Plague in India, 1896, 1897 - Volume 2
Year: 1896
Disease focus: Plague
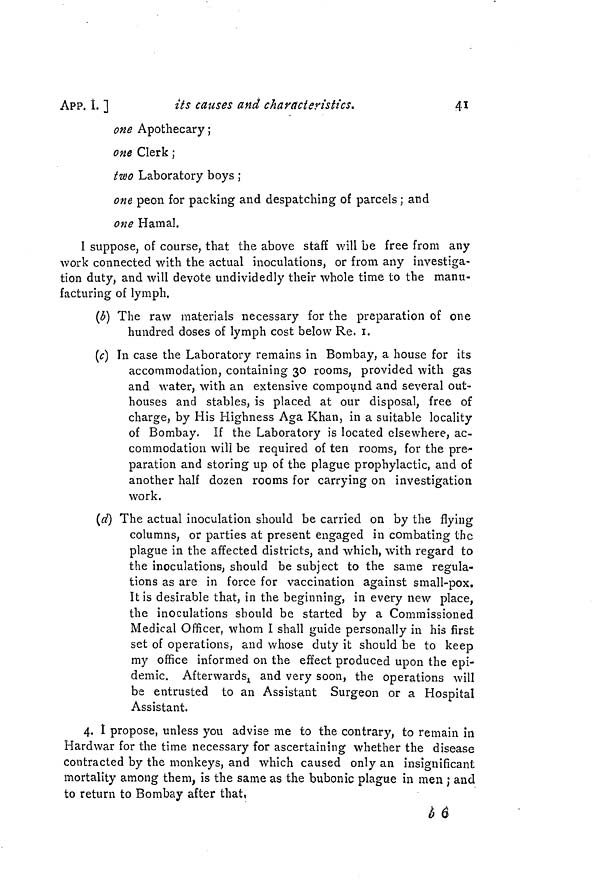
APP. 1 ]
its causes and characteristics.
41
one Apothecary ;
one Clerk ;
two Laboratory boys ;
one peon for packing and despatching of parcels ; and
one Hamal.
I suppose, of course, that the above staff will be free from any
work connected with the actual inoculations, or from any investiga-
tion duty, and will devote undividedly their whole time to the manu-
facturing of lymph.
(b) The raw materials necessary for the preparation of one
hundred doses of lymph cost below Re, 1.
(c) In case the Laboratory remains in Bombay, a house for its
accommodation, containing 30 rooms, provided with gas
and water, with an extensive compound and several out-
houses and stables, is placed at our disposal, free of
charge, by His Highness Aga Khan, in a suitable locality
of Bombay. If the Laboratory is located elsewhere, ac-
commodation will be required of ten rooms, for the pre-
paration and storing up of the plague prophylactic , and of
another half dozen rooms for carrying on investigation
work.
(d) The actual inoculation should be carried on by the flying
columns, or parties at present engaged in combating the
plague in the affected districts, and which, with regard to
the inoculations, should be subject to the same regula-
tions as are in force for vaccination against small-pox.
It is desirable that, in the beginning, in every new place,
the inoculations should be started by a Commissioned
Medical Officer, whom I shall guide personally in his first
set of operations, and whose duty it should be to keep
my office informed on the effect produced upon the epi-
demic. Afterwards, and very soon, the operations will
be entrusted to an Assistant Surgeon or a Hospital
Assistant.
4. I propose, unless you advise me to the contrary, to remain in
Hardwar for the time necessary for ascertaining whether the disease
contracted by the monkeys, and which caused only an insignificant
mortality among them, is the same as the bubonic plague in men ; and
to return to Bombay after that,
b 6